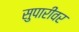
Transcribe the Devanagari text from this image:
सुपारीवर